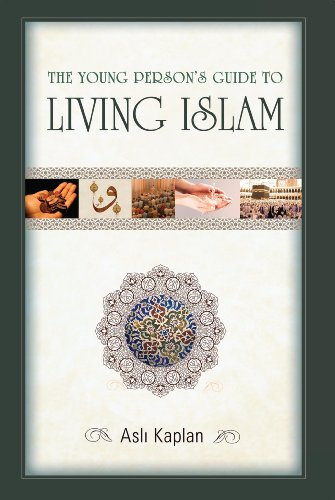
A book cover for The Young Person's Guide to Living Islam; Asli Kaplan; Teen & Young Adult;